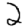
Digit: 2